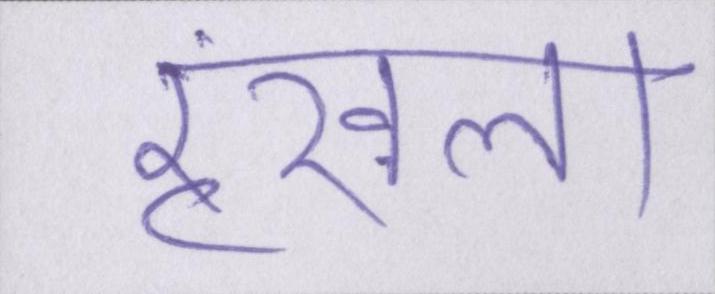
रॄंखला